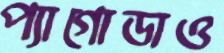
প্যাগোডাও